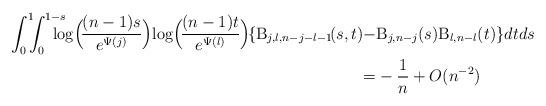
LaTeX: \begin{align*}\int_0^1\!\!\! \int_0^{1-s} \!\!\!\!\!\! \log \Bigl(\! \frac{(n-1)s}{e^{\Psi(j)}} \Bigr)\! \log \Bigl(\! \frac{(n-1)t}{e^{\Psi(l)}} \Bigr)\! \{ \mathrm{B}_{j,l,n-j-l-1}\!(s,t) -& \mathrm{B}_{j,n-j}(s)\mathrm{B}_{l,n-l}(t) \} dtds\\ =&-\frac{1}{n} +O(n^{-2})\end{align*}